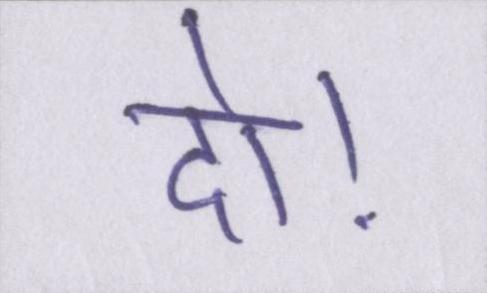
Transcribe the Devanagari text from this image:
दो।